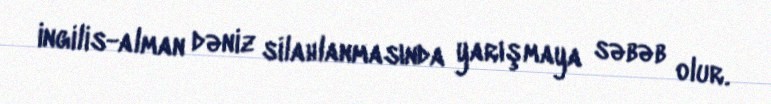
ingilis-alman dəniz silahlanmasında yarışmaya səbəb olur.